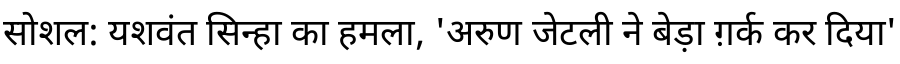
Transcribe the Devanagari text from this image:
सोशल: यशवंत सिन्हा का हमला, 'अरुण जेटली ने बेड़ा ग़र्क कर दिया'